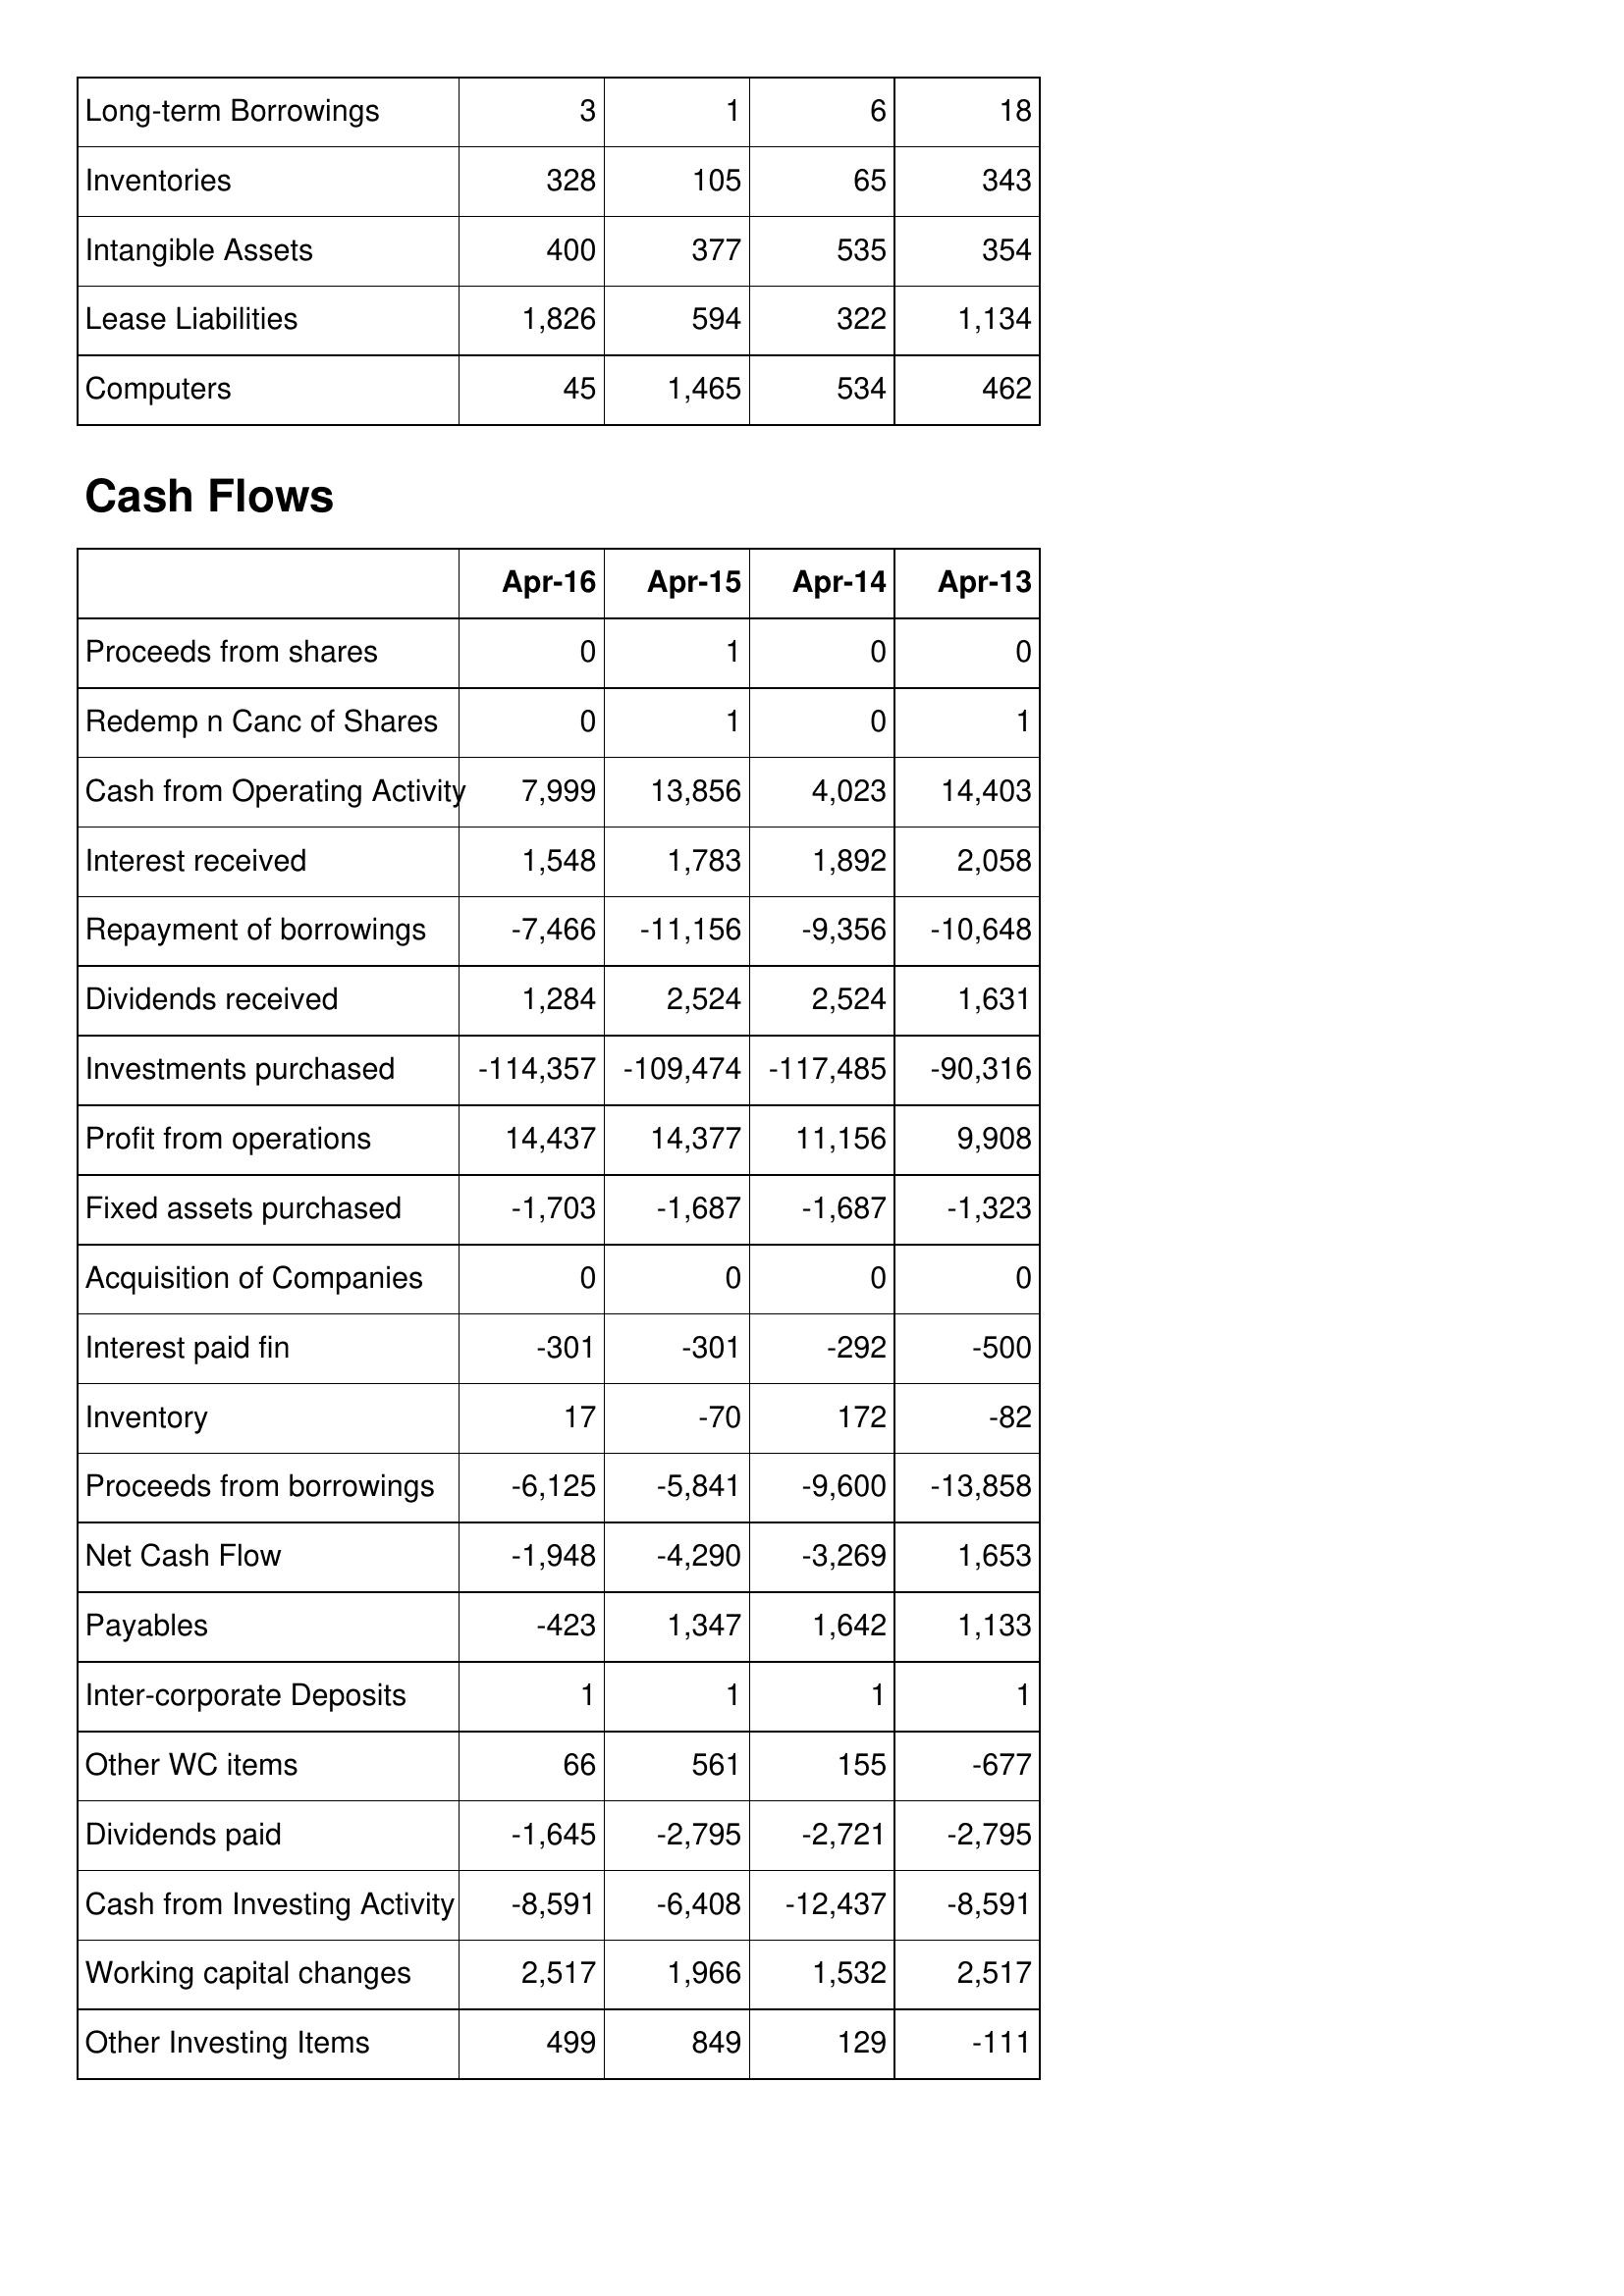
Apr-16: Balance Sheet: Long-term Borrowings: 3
Inventories: 328
Intangible Assets: 400
Lease Liabilities: 1,826
Computers: 45
Cash Flows: Proceeds from shares: 0
Redemp n Canc of Shares: 0
Cash from Operating Activity: 7,999
Interest received: 1,548
Repayment of borrowings: -7,466
Dividends received: 1,284
Investments purchased: -114,357
Profit from operations: 14,437
Fixed assets purchased: -1,703
Acquisition of Companies: 0
Interest paid fin: -301
Inventory: 17
Proceeds from borrowings: -6,125
Net Cash Flow: -1,948
Payables: -423
Inter-corporate Deposits: 1
Other WC items: 66
Dividends paid: -1,645
Cash from Investing Activity: -8,591
Working capital changes: 2,517
Other Investing Items: 499
Apr-15: Balance Sheet: Long-term Borrowings: 1
Inventories: 105
Intangible Assets: 377
Lease Liabilities: 594
Computers: 1,465
Cash Flows: Proceeds from shares: 1
Redemp n Canc of Shares: 1
Cash from Operating Activity: 13,856
Interest received: 1,783
Repayment of borrowings: -11,156
Dividends received: 2,524
Investments purchased: -109,474
Profit from operations: 14,377
Fixed assets purchased: -1,687
Acquisition of Companies: 0
Interest paid fin: -301
Inventory: -70
Proceeds from borrowings: -5,841
Net Cash Flow: -4,290
Payables: 1,347
Inter-corporate Deposits: 1
Other WC items: 561
Dividends paid: -2,795
Cash from Investing Activity: -6,408
Working capital changes: 1,966
Other Investing Items: 849
Apr-14: Balance Sheet: Long-term Borrowings: 6
Inventories: 65
Intangible Assets: 535
Lease Liabilities: 322
Computers: 534
Cash Flows: Proceeds from shares: 0
Redemp n Canc of Shares: 0
Cash from Operating Activity: 4,023
Interest received: 1,892
Repayment of borrowings: -9,356
Dividends received: 2,524
Investments purchased: -117,485
Profit from operations: 11,156
Fixed assets purchased: -1,687
Acquisition of Companies: 0
Interest paid fin: -292
Inventory: 172
Proceeds from borrowings: -9,600
Net Cash Flow: -3,269
Payables: 1,642
Inter-corporate Deposits: 1
Other WC items: 155
Dividends paid: -2,721
Cash from Investing Activity: -12,437
Working capital changes: 1,532
Other Investing Items: 129
Apr-13: Balance Sheet: Long-term Borrowings: 18
Inventories: 343
Intangible Assets: 354
Lease Liabilities: 1,134
Computers: 462
Cash Flows: Proceeds from shares: 0
Redemp n Canc of Shares: 1
Cash from Operating Activity: 14,403
Interest received: 2,058
Repayment of borrowings: -10,648
Dividends received: 1,631
Investments purchased: -90,316
Profit from operations: 9,908
Fixed assets purchased: -1,323
Acquisition of Companies: 0
Interest paid fin: -500
Inventory: -82
Proceeds from borrowings: -13,858
Net Cash Flow: 1,653
Payables: 1,133
Inter-corporate Deposits: 1
Other WC items: -677
Dividends paid: -2,795
Cash from Investing Activity: -8,591
Working capital changes: 2,517
Other Investing Items: -111